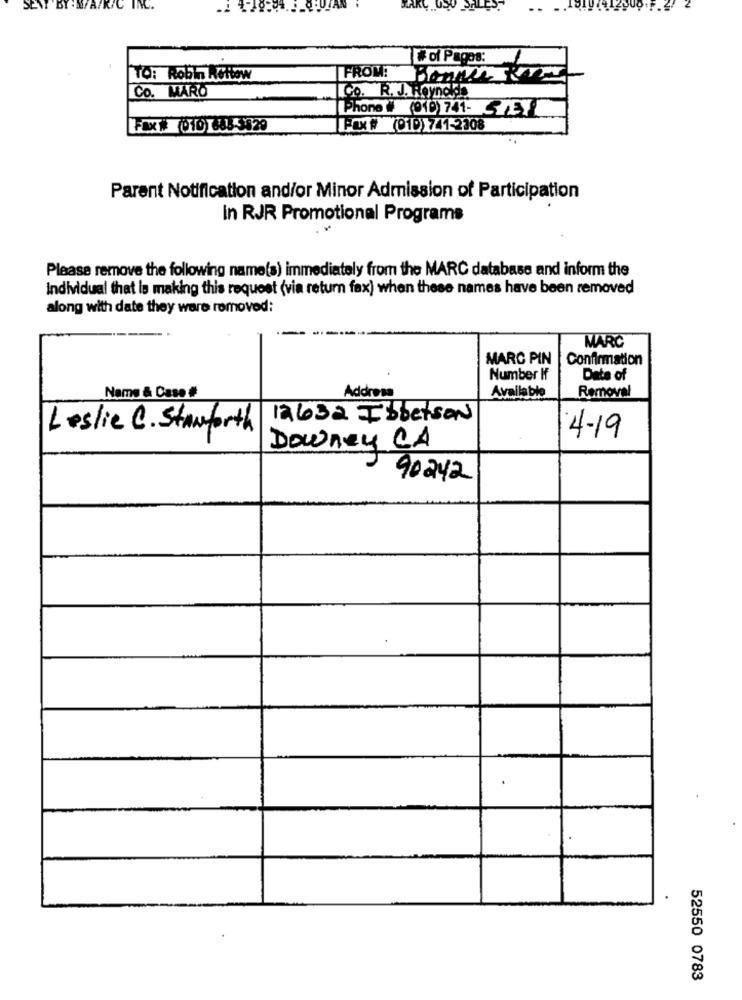
SET
Wol Pages:
TO: Robin Nottow
FROM!
Co. MARO
CO. R. J. Reynolds
Phone (010) 741- STEP
FAX # 0101335-3529
FAX # (010) 741-2308
Parent Notification and/or Minor Admission of Participation
In RJR Promotional Programs
Please remove the following name(s) immediately from the MARC database and inform the
individual that is making this request (via return fax) when these names have been removed
along with date they were removed:
MARC
MARC PIN
Confirmation
Number If
Date of
Name & Case #
Address
Available
Removal
1263a Ibbetson
Leslie C. Stanforth
4-19
Downey CA
90242
52550 0783